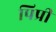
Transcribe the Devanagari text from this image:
पिप्री